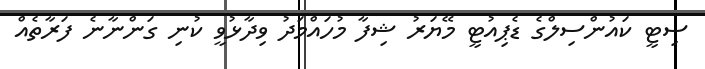
ސިޓީ ކައުންސިލްގެ ޑެޕިއުޓީ މޭޔަރު ޝިފާ މުހައްމަދު ވިދާޅުވީ ކުނި ގަންނާނެ ފަރާތެއް